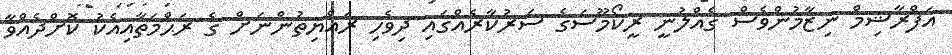
އަފްރާޝިމް ނިޒާމުންވެސް ގެއްލުނީ ރީކޯމޫސަގެ ސަރުކާރެއްގައި ދިވެހި ރައްޔިތުންނަށް ގެ ރަޙްމަތާއިއެކު ކޮށްދެއްވާ